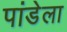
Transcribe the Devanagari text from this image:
पांडेला